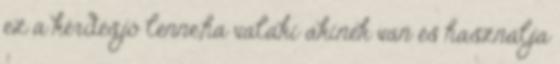
ez a kérdés,jó lenne,ha valaki akinek van és használja